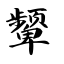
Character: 颦